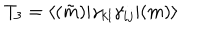
T _ { 3 } = \langle ( \tilde { m } ) | \gamma _ { k l } \gamma _ { i j } | ( m ) \rangle